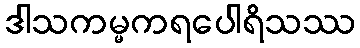
ဒါသကမ္မကရပေါရိသဿ